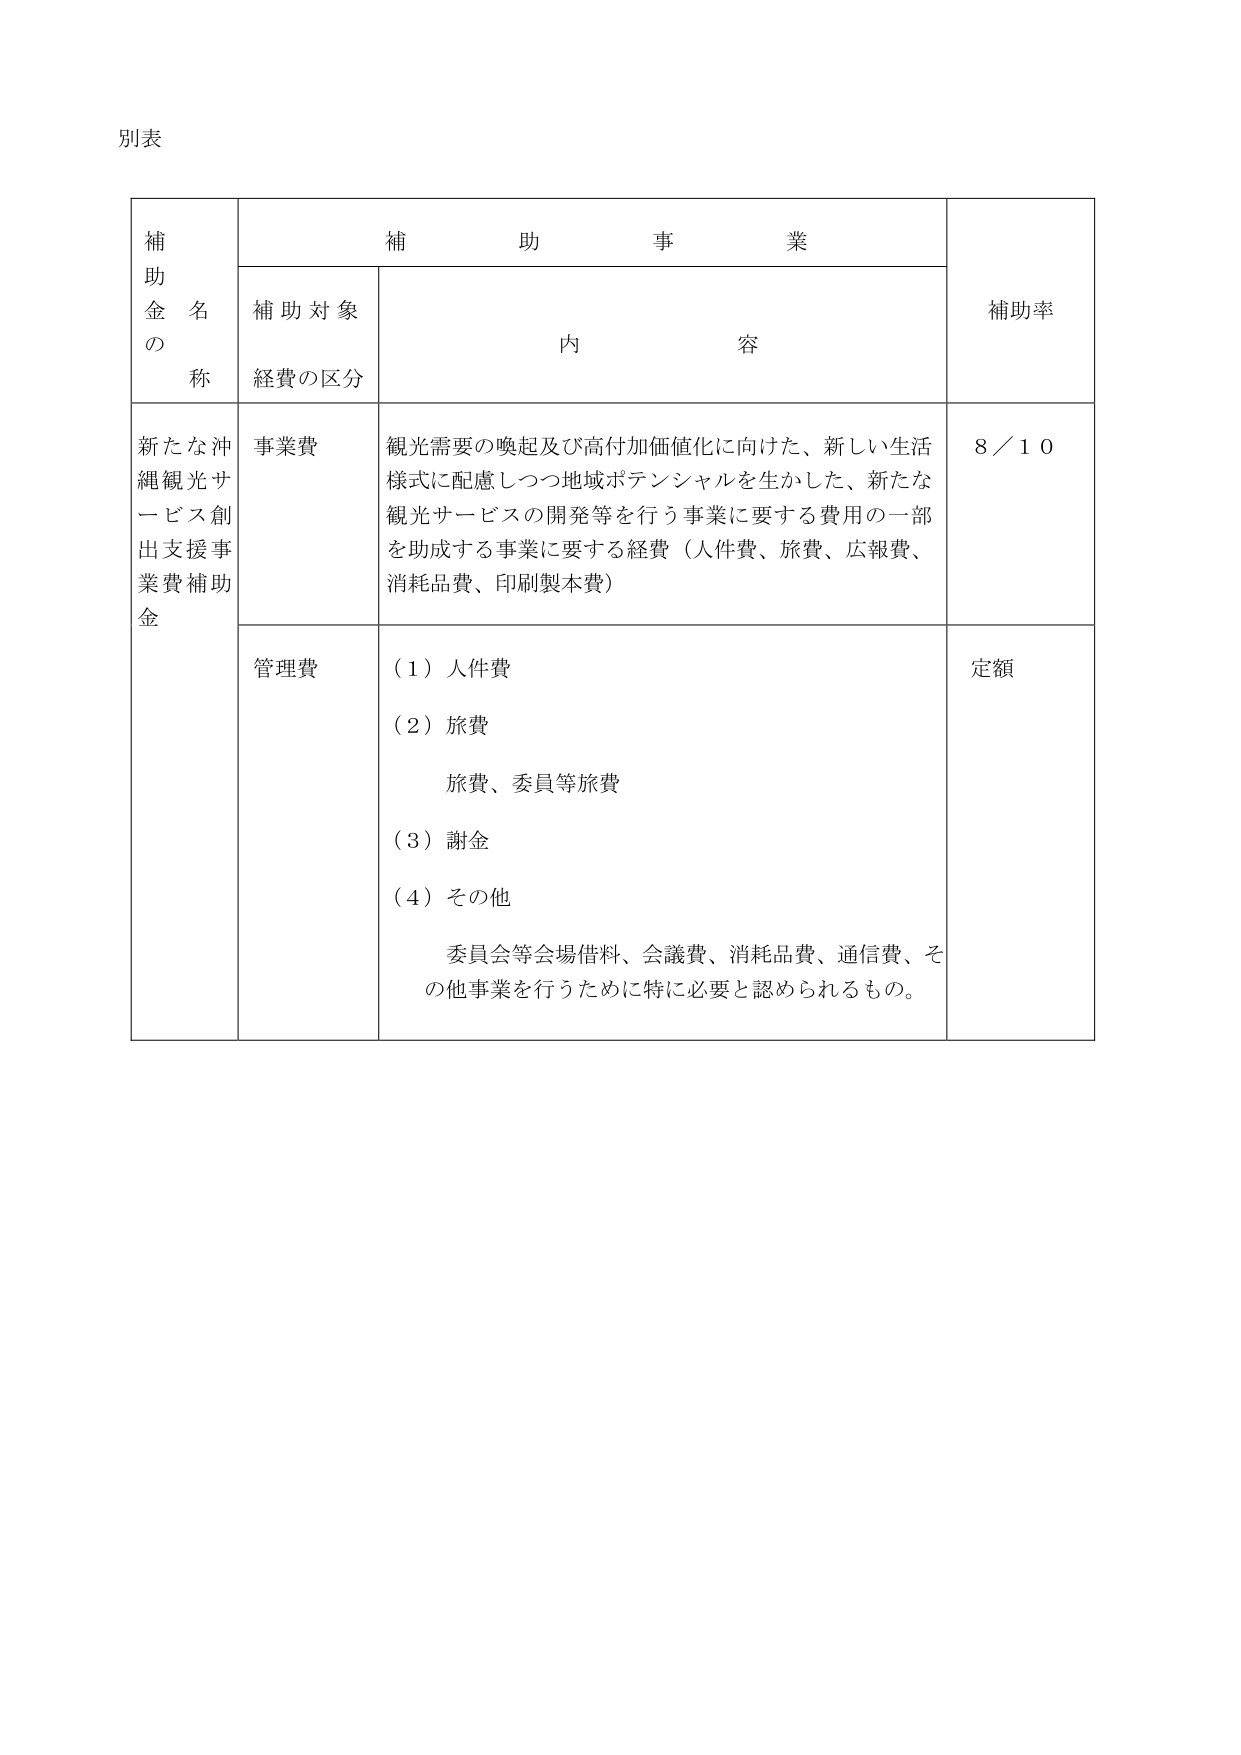
別表

補助金の名称　補助事業　補助率
　　　　　　　補助対象　内容
　　　　　　　経費の区分

新たな沖縄観光サービス創出支援事業費補助金　事業費　観光需要の喚起及び高付加価値化に向けた、新しい生活様式に配慮しつつ地域ポテンシャルを生かした、新たな観光サービスの開発等を行う事業に要する費用の一部を助成する事業に要する経費（人件費、旅費、広報費、消耗品費、印刷製本費）　8／10

　　　　　　　管理費　（1）人件費
　　　　　　　　　　　（2）旅費
　　　　　　　　　　　　旅費、委員等旅費
　　　　　　　　　　　（3）謝金
　　　　　　　　　　　（4）その他
　　　　　　　　　　　　委員会等会場借料、会議費、消耗品費、通信費、その他事業を行うために特に必要と認められるもの。　定額